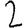
Digit: 2